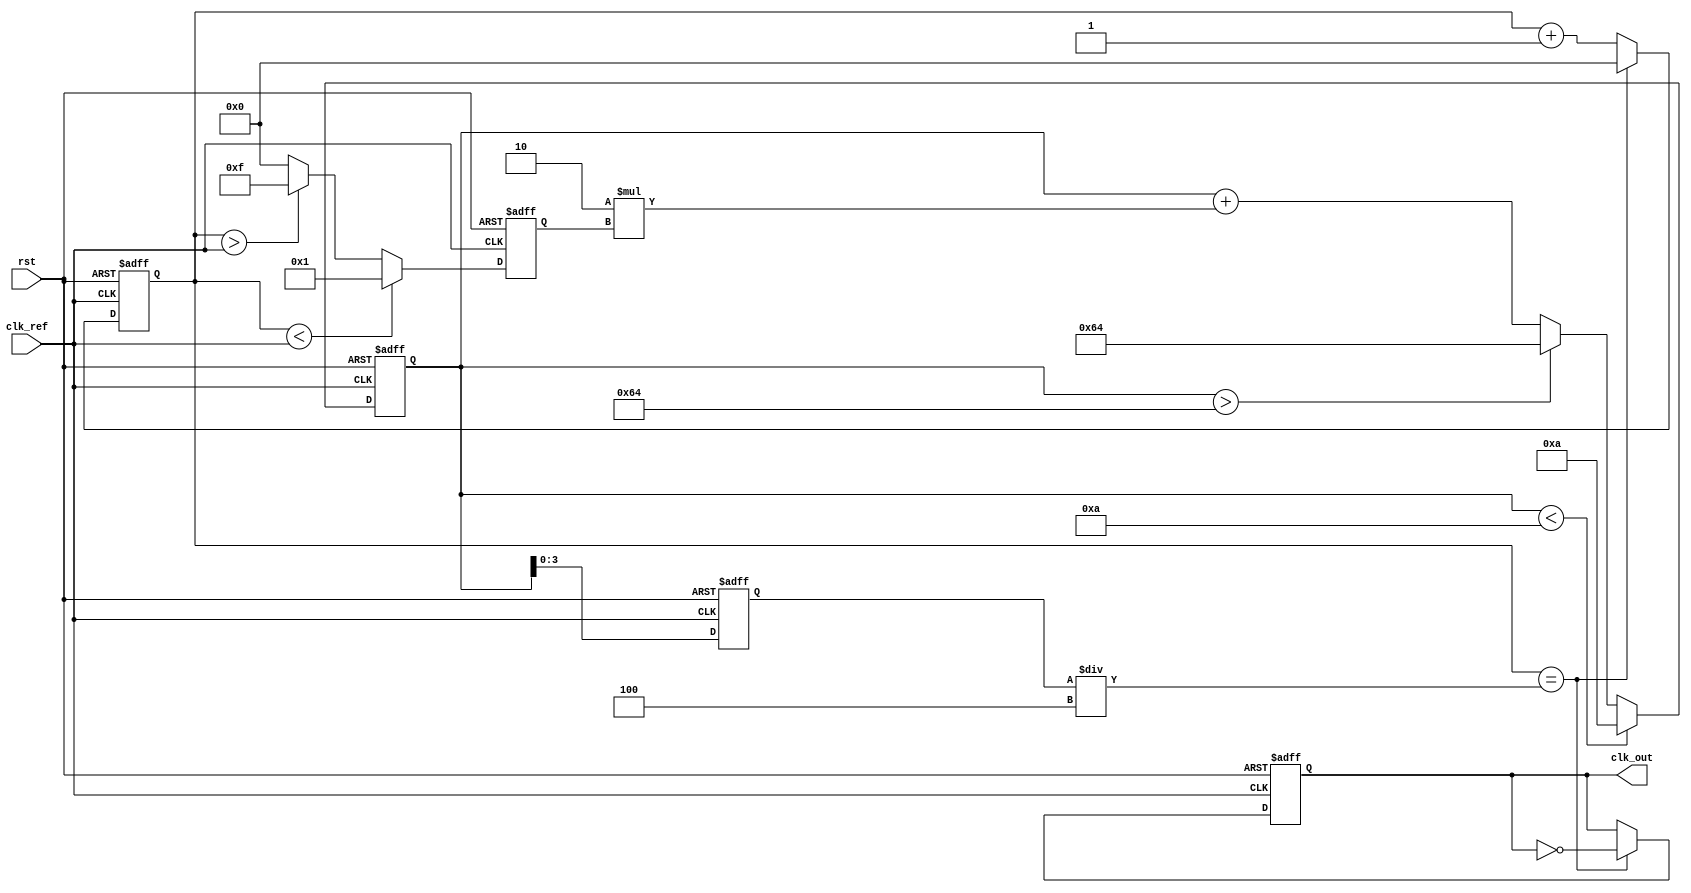
module pll (
    input wire clk_ref,          // Reference clock input
    input wire rst,              // Reset signal
    output reg clk_out           // Output clock (VCO output)
);

// Parameters
parameter DIV_RATIO = 4;      // Frequency divider ratio
parameter VCO_MAX_FREQ = 100; // Maximum VCO frequency
parameter VCO_MIN_FREQ = 10;  // Minimum VCO frequency
parameter K_PD = 1;           // Phase detector gain
parameter K_LF = 2;           // Loop filter gain

// Internal signals
reg [3:0] phase_error;         // Phase error from PD
reg [7:0] control_voltage;     // Control voltage for VCO
reg [3:0] vco_freq;            // Current VCO frequency
reg [3:0] feedback;            // Feedback signal from frequency divider

// Phase Detector
always @(posedge clk_ref or posedge rst) begin
    if (rst) begin
        phase_error <= 0;
    end else begin
        // Example phase detection logic
        if (feedback < clk_ref) begin
            phase_error <= K_PD; // Leading Phase
        end else if (feedback > clk_ref) begin
            phase_error <= -K_PD; // Lagging Phase
        end else begin
            phase_error <= 0; // Aligned
        end
    end
end

// Loop Filter
always @(posedge clk_ref or posedge rst) begin
    if (rst) begin
        control_voltage <= 0;
    end else begin
        control_voltage <= control_voltage + (K_LF * phase_error);
        // Clamp control voltage within VCO range
        if (control_voltage > VCO_MAX_FREQ) control_voltage <= VCO_MAX_FREQ;
        if (control_voltage < VCO_MIN_FREQ) control_voltage <= VCO_MIN_FREQ;
    end
end

// Voltage-Controlled Oscillator (VCO)
always @(posedge clk_ref or posedge rst) begin
    if (rst) begin
        vco_freq <= VCO_MIN_FREQ; // Start at minimum frequency
    end else begin
        vco_freq <= control_voltage; // Set frequency based on control voltage
    end
end

// Frequency Divider
always @(posedge clk_ref or posedge rst) begin
    if (rst) begin
        feedback <= 0;
        clk_out <= 0;
    end else begin
        if (feedback == (vco_freq / DIV_RATIO)) begin
            clk_out <= ~clk_out; // Toggle output clock
            feedback <= 0; // Reset feedback counter
        end else begin
            feedback <= feedback + 1; // Increment feedback counter
        end
    end
end

endmodule